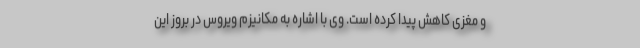
و مغزی کاهش پیدا کرده است. وی با اشاره به مکانیزم ویروس در بروز این